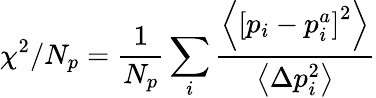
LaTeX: \chi^{2}/N_{p}=\frac{1}{N_{p}}\sum_{i}\frac{\left\langle\left[p_{i}-p_{i}^{a}\right]^{2}\right\rangle}{\left\langle\Delta p_{i}^{2}\right\rangle}